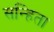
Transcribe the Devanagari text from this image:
सन्हिता